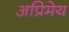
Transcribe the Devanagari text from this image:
अप्रिमेय